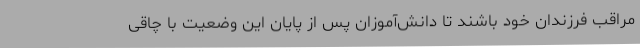
مراقب فرزندان خود باشند تا دانش‌آموزان پس از پایان این وضعیت با چاقی